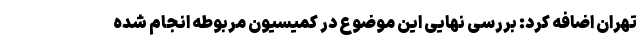
تهران اضافه کرد: بررسی نهایی این موضوع در کمیسیون مربوطه انجام شده